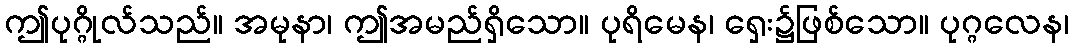
ဤပုဂ္ဂိုလ်သည်။ အမုနာ၊ ဤအမည်ရှိသော။ ပုရိမေန၊ ရှေး၌ဖြစ်သော။ ပုဂ္ဂလေန၊